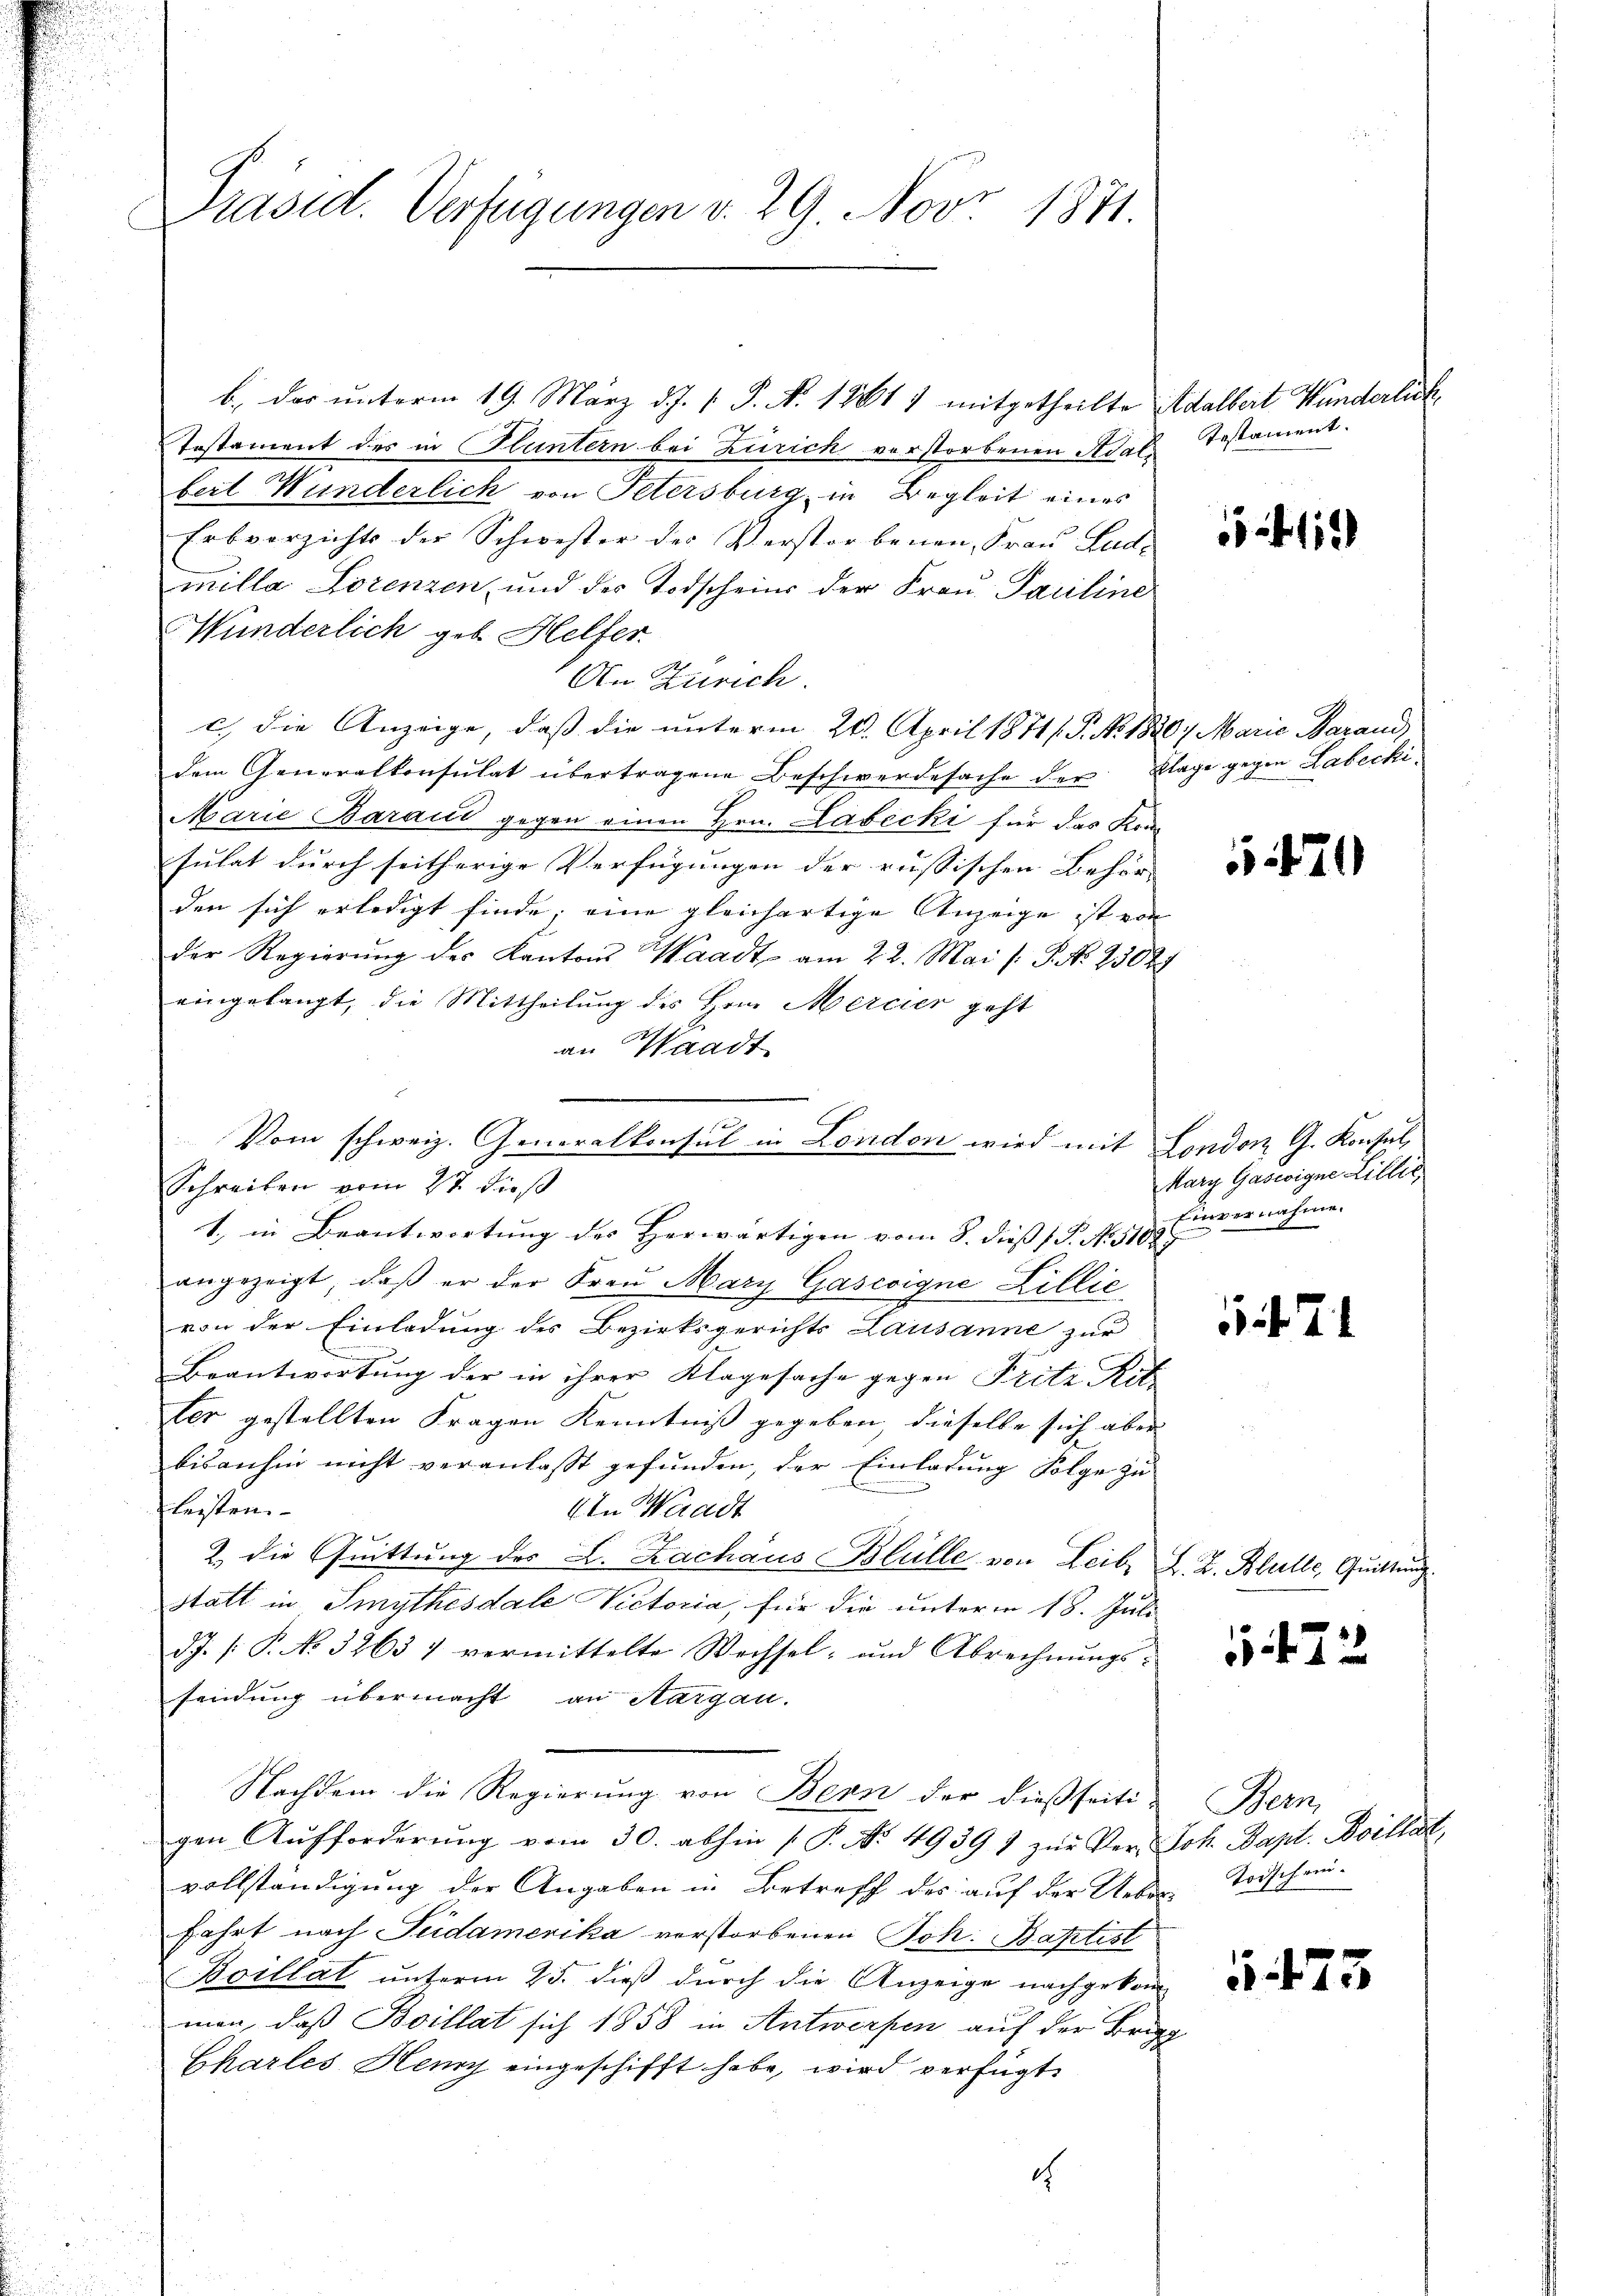
Präsid. Verfügungen v. 29. Nov. 1871.

b. der unterm 19. März d. J. 1. P. N. 12817 mitgetheilte Adalbert Wunderlich
Testament des in Fluntern bei Zürich verstorbenen Adali
beit Wunderlich von Petersburg in Begleit eines
Erbverzichts der Schwester des Verstorbenen Frau Lad-
milla Forenzen, und der Todschein der Frau Pariline
Münderlich geb. Helfer
An Zürich.
c) die Anzeige, daß die unterm 28. April 1871 /. P. Nr. 1820. Marie Marand,
dem Generalkonsulat übertragene Beschwerdesache der Klage gegen Labecki
Marie Baraić gegen einen Hrn. Labecki für das Kransulat durch seitherige Verfügungen der russischen Behör- |
den sich erledigt finde; eine gleichartige Anzeige ist von
der Regierŭng der Kantons Waadt am 22. Mai /: P. No. 23024
eingelangt, die Mittheilung des Hrn. Mercier geht
an Waadt
Schreiben vom 27. dieß
1., in Beantwortung des Herwärtigen vom 8. dieß (S. No 118. Einvernahme.
angezeigt, daß er der Frau Mary Gascoigne Zillie
von der Einladung des Bezirksgerichts Lausanne zur
Beantwortung der in ihrer Klagesache gegen Fritz Rit-
ler gestellten Fragen Kenntniß gegeben, dieselbe sich aber
bisanhin nicht veranlasst gefunden, der Einladung Folge zu
leisten.
An Waadt
2. die Quittung des L. Zachaus Blülle von Leib, L. Z. Blatte, Quittung
statt in Smythesdale Victoria, für die unterm 18. Juli
JJ. P. No 3263 7 vermittelte Wechsel- und Abrechnungs-
sendung übermacht an Aargau.
Nachdem die Regierung von Bern der dießseiti
gen Aufforderŭng vom 30. abhin ( P. No. 49397 zŭr Ver- Joh. Bapt. Boillat,
vollständigung der Angaben in Betreff des auf der Ueber Todschein-
fahrt nach Südamerika vorstorbenen Joh. Battist
Boillat unterm 25. dieß durch die Anzeige nachgekomman, daß Boillat sich 1858 in Antwerfen auf der Brig
Charles Henry eingeschifft habe, wird verfügt:
e

Vom schweiz. Generalkonsul in London wird mit London G. Konsul

Testament.

2110

20

kary Gaswoigne Lillie

54. 71

5 f. 22.

Bern

473